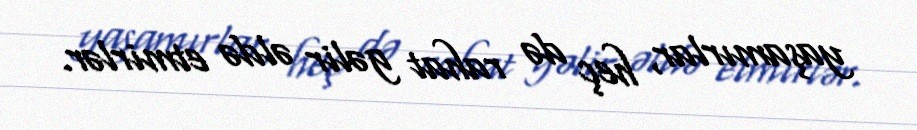
yaşamırlar, heç də rahat gəlir əldə etmirlər.